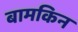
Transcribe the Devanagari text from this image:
बामकिन